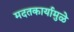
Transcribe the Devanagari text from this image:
मदतकार्यामुळे